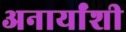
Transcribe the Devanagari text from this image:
अनार्यांशी